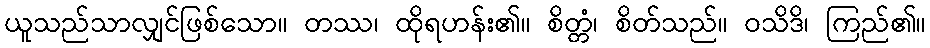
ယူသည်သာလျှင်ဖြစ်သော။ တဿ၊ ထိုရဟန်း၏။ စိတ္တံ၊ စိတ်သည်။ ဝသိဒိ၊ ကြည်၏။